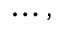
\ldots ,